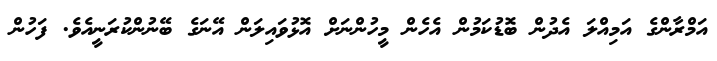
އަމްރާންގެ އަމިއްލަ އެދުން ބޮޑުކަމުން އެހެން މީހުންނަށް އޮޅުވައިލަން އޭނަގެ ބޭނުންކުރަނީއެވެ. ފަހުން